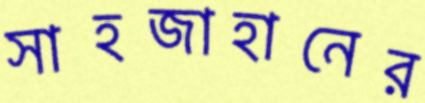
সাহজাহানের